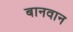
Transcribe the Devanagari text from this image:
बानवान